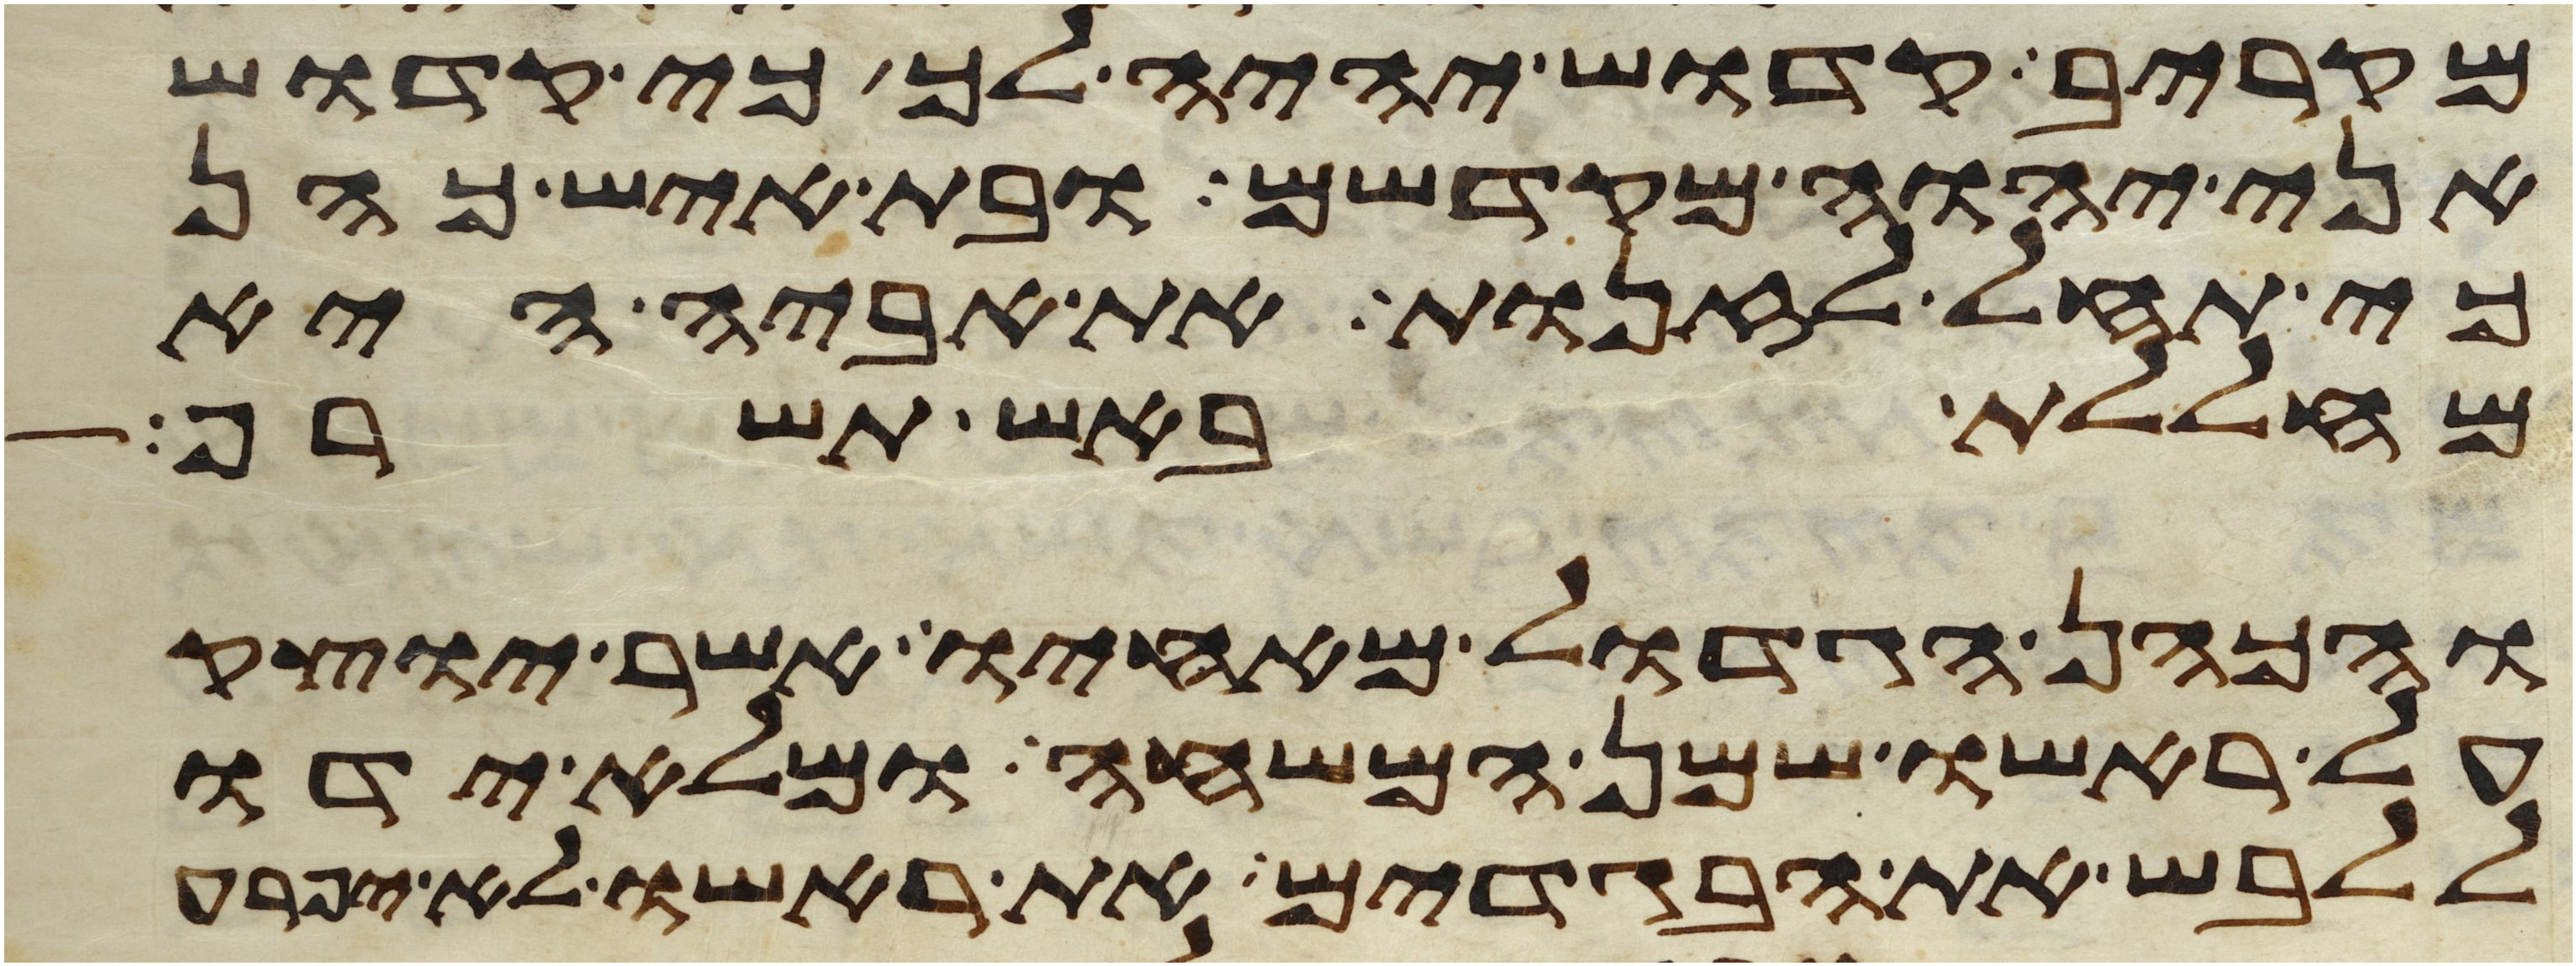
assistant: מקריב קדוש יהיה לך כי קדוש
אני יהוה מקדשם ובת איש כהן
כי תחל לזנות את אביה היא
מחללת באש תשרף
והכהן הגדול מאחיו אשר יוצק
על ראשו שמן המשחה ומלא ידו
ללבש את הבגדים את ראשו לא יפרע